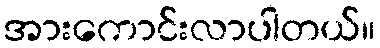
အားကောင်းလာပါတယ်။